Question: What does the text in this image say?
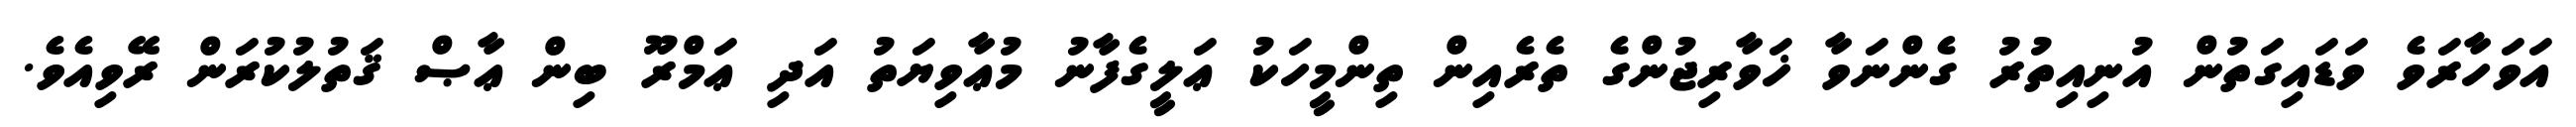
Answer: އަވަހާރަވެ ވަޑައިގަތުން އުނިއިތުރު ގެންނަވާ ޚަވާރިޖުންގެ ތެރެއިން ތިންމީހަކު ޢަލީގެފާނު މުޢާވިޔަތު އަދި ޢަމްރޫ ބިން ޢާޞް ޤަތުލުކުރަން ރޭވިއެވެ.